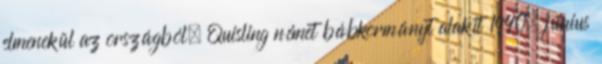
elmenekül az országból, Quisling német bábkormányt alakít 1940. június